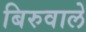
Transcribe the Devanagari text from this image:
बिरुवाले